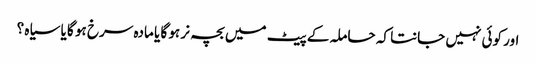
اور کوئی نہیں جانتا کہ حاملہ کے پیٹ میں بچہ نر ہو گا یا مادہ سرخ ہو گا یا سیاہ ؟